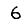
Digit: 6